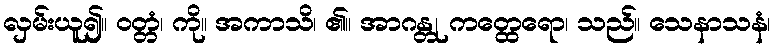
လှမ်းယူ၍။ ဝတ္တံ၊ ကို။ အကာသိ၊ ၏။ အာဂန္တု ကတ္ထေရော၊ သည်။ သေနာသနံ၊